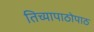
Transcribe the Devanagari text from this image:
तिच्यापाठोपाठ